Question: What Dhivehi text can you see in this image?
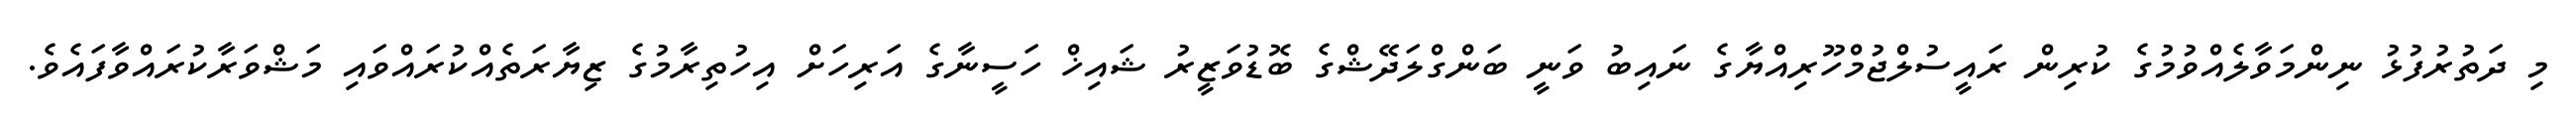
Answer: މި ދަތުރުފުޅު ނިންމަވާލެއްވުމުގެ ކުރިން ރައީސުލްޖުމްހޫރިއްޔާގެ ނައިބު ވަނީ ބަންގްލަދޭޝްގެ ބޮޑުވަޒީރު ޝައިޚް ހަސީނާގެ އަރިހަށް އިހުތިރާމުގެ ޒިޔާރަތެއްކުރައްވައި މަޝްވަރާކުރައްވާފައެވެ.